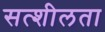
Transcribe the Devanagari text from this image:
सत्शीलता